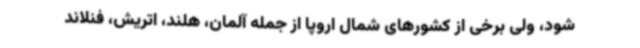
شود، ولی برخی از کشورهای شمال اروپا از جمله آلمان، هلند، اتریش، فنلاند